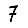
Digit: 7